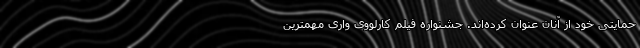
حمایتی خود از آنان عنوان کرده‌اند. جشنواره فیلم کارلووی واری مهمترین